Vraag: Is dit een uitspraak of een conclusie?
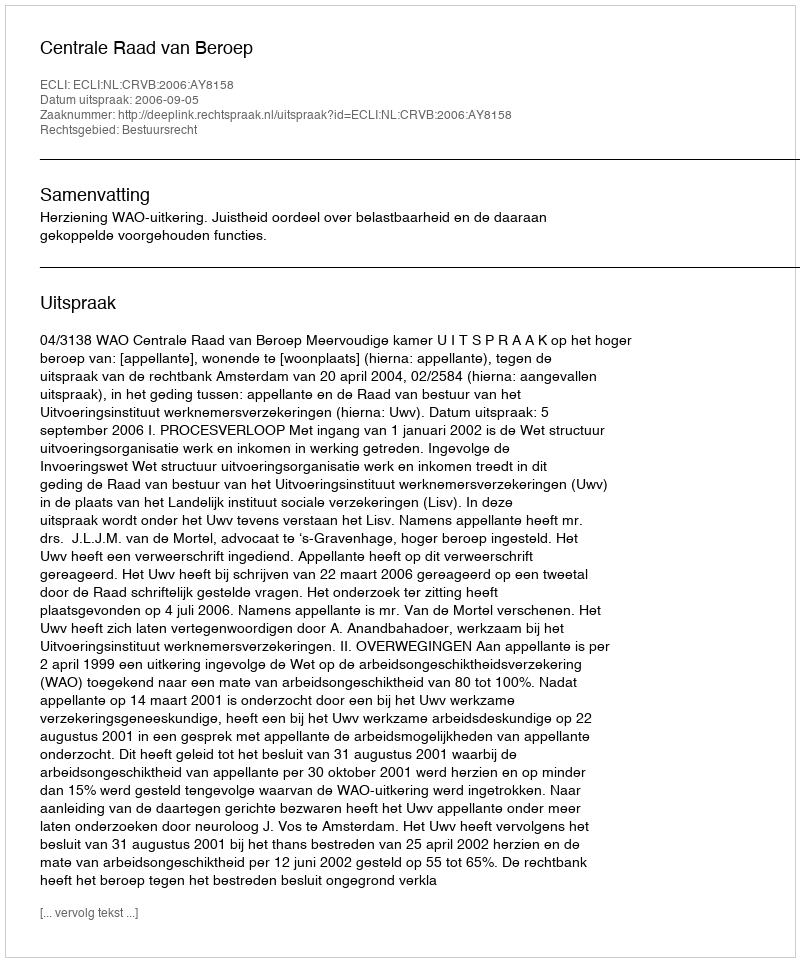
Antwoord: Uitspraak